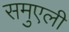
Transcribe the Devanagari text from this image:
समुएली